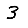
Digit: 3